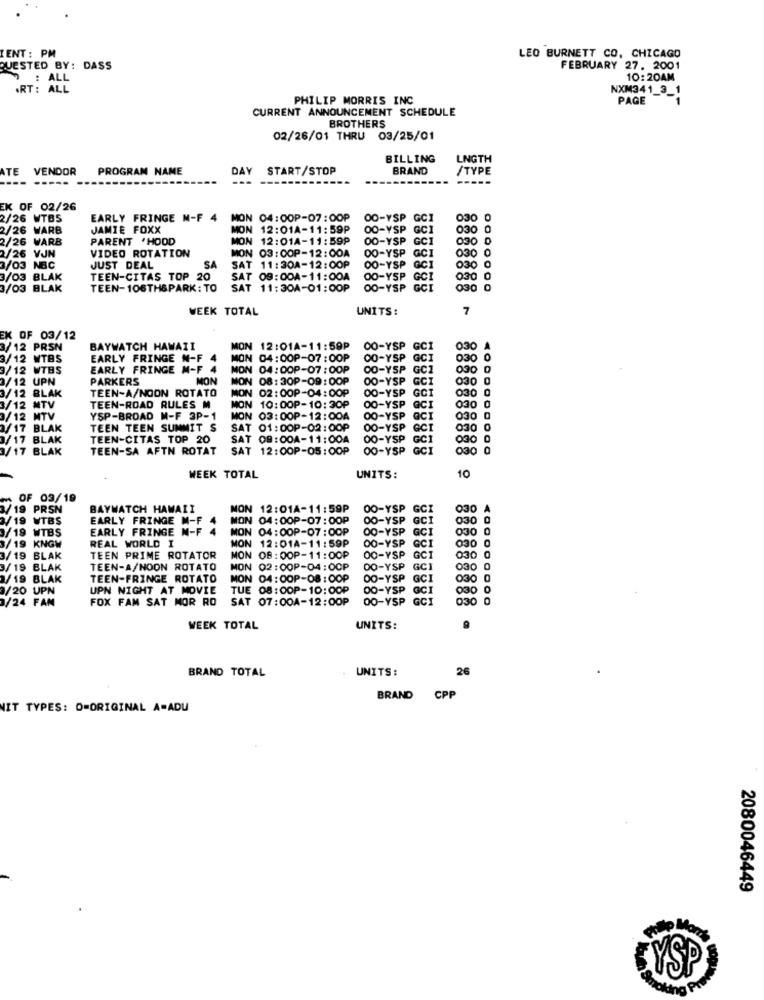
LEO BURNETT CO. CHICAGO
IENT : PM
QUESTED BY: DASS
FEBRUARY 27. 2001
: ALL
10:20AM
RT : ALL
NXM341_3_1
PHILIP MORRIS INC
PAGE
CURRENT ANNOUNCEMENT SCHEDULE
BROTHERS
02/26/01 THRU 03/25/01
BILLING
LNGTH
ATE
VENDOR
PROGRAM NAME
DAY START/STOP
BRAND
/TYPE
---- -----
-----
EK OF 02/26
2/26 WTB5
EARLY FRINGE M-F 4
MON 04:00P-07:00P
00-YSP GCI
030
2/26 WARB
JAMIE FOXX
MON 12:01A-11:59P
00-VSP GCI
030
2/26 WARB
PARENT 'HOOD
MON 12:01A-11:59P
00-YSP GCI
030
0
00-YSP
030
2/26 VJN
VIDEO ROTATION
MON 03:00P-12:00A
00-YSP GCI
030
3/03 NBC
JUST DEAL
SA
SAT 11:30A-12:00P
3/03 BLAK
TEEN-CITAS TOP 20
SAT 09:00A-11:00A
00-YSP
030
3/03 BLAK
TEEN-106TH&PARK: TO
SAT 11:30A-01:00P
OO-YSP GO
888888
030
MEEK TOTAL
UNITS:
7
EK OF 03/12
3/12 PRSN
BAYWATCH HAWAII
MON 12:01A-11:59P
CO-YSP
GC
030
3/12 WTBS
EARLY FRINGE N-F
MON 04:00P-07:00P
00-YSP
GC1
3/12 WTBS
EARLY FRINGE M-F
MON 04:00P-07:00P
00-YSP GCZ
3/12 UPN
PARKERS
MON
MON O
08: 30P-09:00P
00-YSP
GCI
030
TEEN-A/NOON ROTATO
MON 02:00P-04:00P
00-YSP
030
3/12 BLAK
88888
GC
030
3/12 MTV
TEEN-ROAD RULES M
MON 10:00P-10: 30P
00-YSP GCI
3/12 MTV
YSP-BROAD M-F 3P-1
MON 03:00P-12:00A
00-YSP
030
3/17 BLAK
TEEN TEEN SUMMIT S
SAT 01:00P-02:00P
00-YSP
030
3/17 BLAK
TEEN-CITAS TOP 20
SAT 09:00A-11:00A
00-YSP
3/17 BLAK
TEEN-SA AFTN ROTAT
SAT 12:00P-05:00P
00-YSP GCI
030 0
..........
WEEK TOTAL
UNITS:
10
OF 03/19
/19 PRSN
BAYWATCH HAWAII
MON 12:01A-11:59P
00-YSP
GCI
030 A
3/19 WTBS
EARLY FRINGE M-F 4
MON 04:00P-07:00P
00-YSP
GCI
030
/19 WTBS
EARLY FRINGE M-F 4
MON 04:00P-07:00P
00-YSP GCI
030
3/19 KNGW
REAL WORLD I
MON 12:01A-11:59P
00-YSP GCI
030
3/19 BLAK
TEEN PRIME ROTATOR
MON OB : 00P-11:00P
00-YSP GCI
030 0
3/19 BLAK
TEEN-A/NOON ROTATO
MON 02:00P-04:00P
00-YSP GCI
030 0
1/19 BLAK
TEEN-FRINGE ROTATO
MON 04:00P-08: 00P
00-YSP
GCI
030 0
3/20 UPN
UPN NIGHT AT MOVIE
TUE 08:00P-10:00P
00-YSP GCI
030 0
3/24 FAM
FOX FAM SAT MOR RO
SAT 07:00A-12:00P
00-YSP GCI
888
GCI
030 0
WEEK TOTAL
UNITS:
BRAND TOTAL
UNITS:
26
BRAND
CPP
IT TYPES: D=ORIGINAL A-ADU
2080046449
YSP